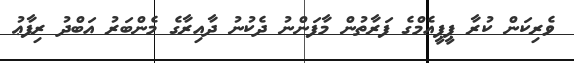
ވެރިކަން ކުރާ ޕީޕީއެމްގެ ފަރާތުން މާފަންނު ދެކުނު ދާއިރާގެ މެންބަރު އަބްދު ރިފާޢު